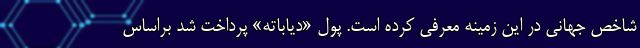
شاخص جهانی در این زمینه معرفی کرده است. پول «دیاباته» پرداخت شد براساس